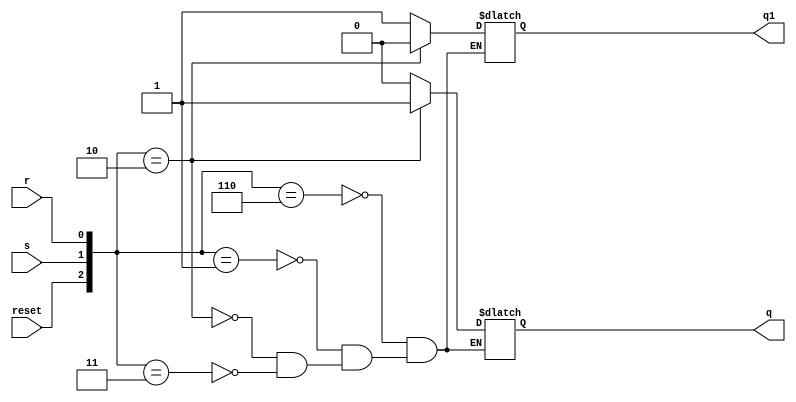
module srlatch(r,s,reset,q,q1);
     input r,s,reset;
     output q,q1;
     reg q,q1;
     initial
       begin
             q=1'b0;
             q1=1'b1;
       end
       always@(reset,s,r)
        begin
             case({reset,s,r})
                 {1'b1, 1'b1, 1'b0}: begin q=1'b0; q1=1'b1; end
                 {1'b0,1'b0,1'b0}: begin q=q; q1=q1; end
                 {1'b0,1'b0,1'b1}: begin q=1'b0; q1=1'b1; end
                 {1'b0,1'b1,1'b0}: begin q=1'b1; q1=1'b0; end
                 {1'b0,1'b1,1'b1}: begin q=1'bx; q1=1'bx; end
             endcase
        end
endmodule

module dlatch(d,clk,reset,q,q1);
     input d,clk,reset;
     output q,q1;
     reg r, s;
     always @(clk, d, reset)
     begin
       r = ~d & clk;
       s = d & clk;
       
     end
     srlatch M(r, s, reset, q, q1);
endmodule

module dflipflop(d, clk, reset, q, q1);
    input d, clk, reset;
    output q, q1;
    wire qm, qm1;
    dlatch M1(d, ~clk, reset, qm, qm1);
    dlatch M2(qm, clk, reset, q, q1);
endmodule

module register(d,clk,reset,q,q1);
    input [31:0]d;
    input clk,reset;
    output [31:0]q;
    output [31:0]q1;
    genvar i;
    
    generate
    for (i = 0; i < 32; i = i + 1) 
           begin
               dflipflop M3(d[i], clk, reset, q[i], q1[i]); 
           end
    endgenerate
endmodule